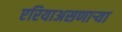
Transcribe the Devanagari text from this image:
एरियाअसणार्‍या